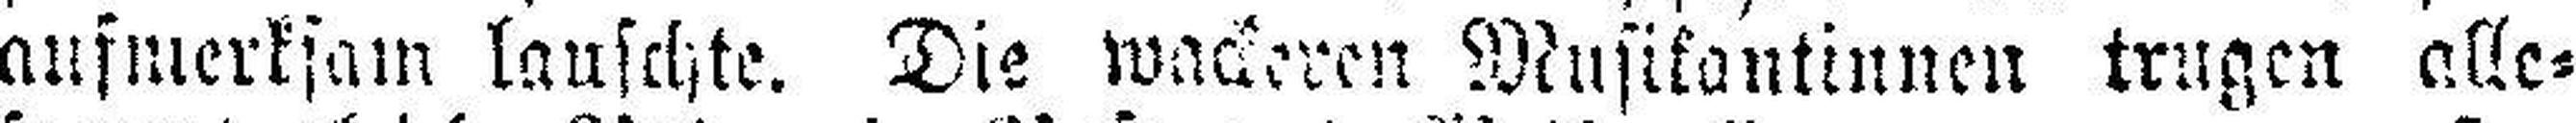
aufmerksam lauschte. Die wackeren Musikantinnen trugen alle¬